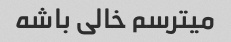
میترسم خالی باشه